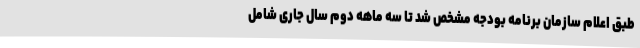
طبق اعلام سازمان برنامه بودجه مشخص شد تا سه ماهه دوم سال جاری شامل